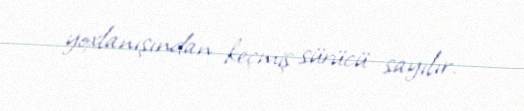
yoxlanışından keçmiş sürücü sayılır.